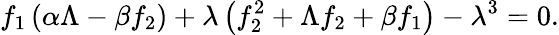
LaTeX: f_{1}\left(\alpha\Lambda-\beta f_{2}\right)+\lambda\left(f_{2}^{2}+\Lambda f_{2}+\beta f_{1}\right)-\lambda^{3}=0.